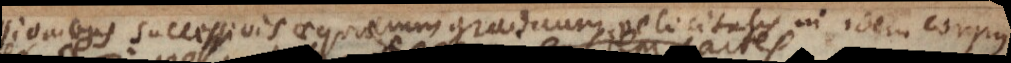
successivis aequalium graduum velocitatis in idem corpus,